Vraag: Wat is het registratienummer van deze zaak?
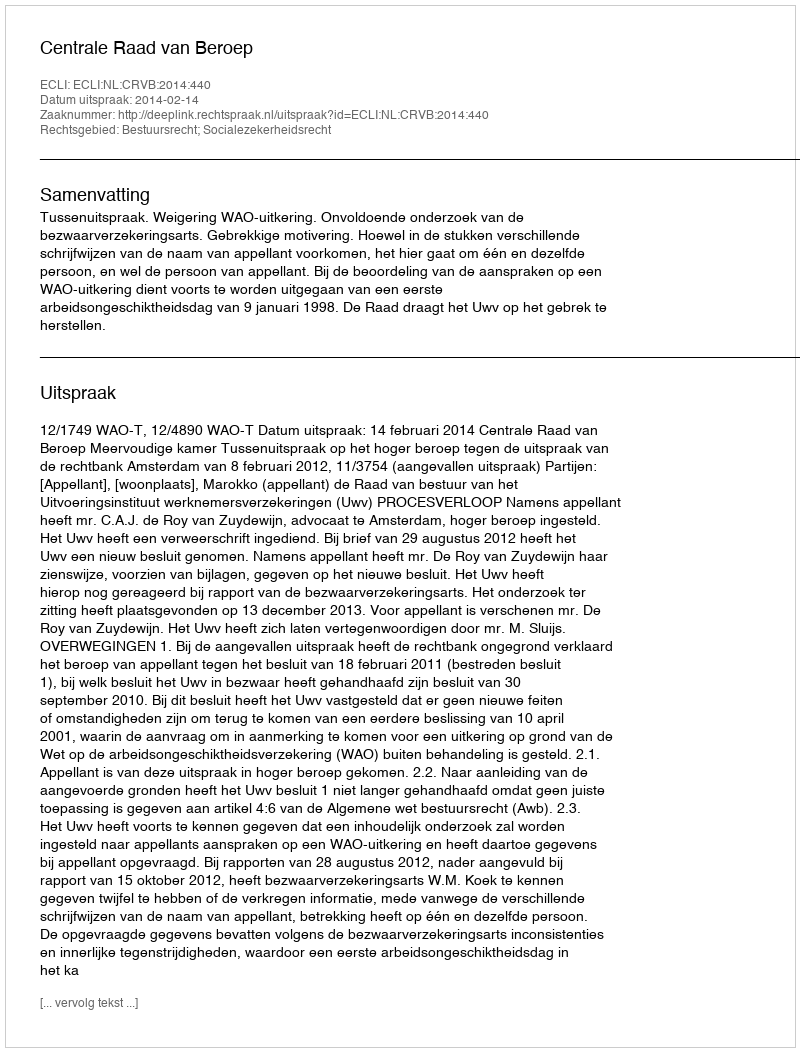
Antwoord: http://deeplink.rechtspraak.nl/uitspraak?id=ECLI:NL:CRVB:2014:440